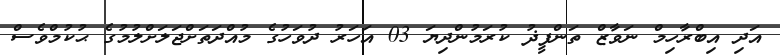
އަދި އިބްރާހިމް ނަވާޒް ތަންފީޛު ކުރަމުންދިޔަ 03 އަހަރު ދުވަހުގެ މުއްދަތަށްޖަލަށްލުމުގެ ޙުކުމްވެސް